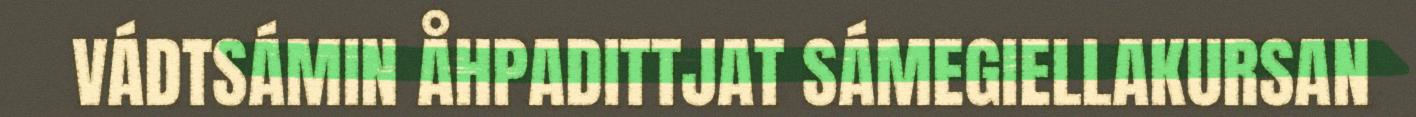
VÁDTSÁMIN ÅHPADITTJAT SÁMEGIELLAKURSAN